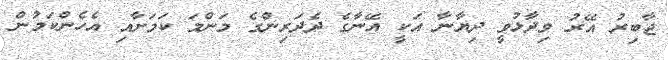
ޖާބިރު އޭރު ވިދާޅުވީ ދިޔާނާ އަކީ އޭނާގެ ދެދަރިންގެ މަންމަ ކަމަށާއި އެހެންކަމުން